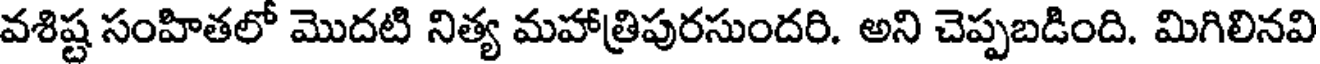
వశిష్ట సంహితలో మొదటి నిత్య మహాత్రిపురసుందరి. అని చెప్పబడింది. మిగిలినవి